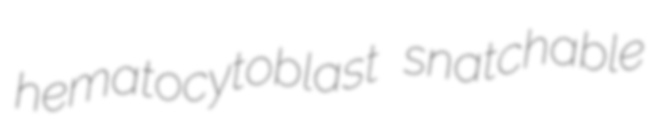
hematocytoblast snatchable